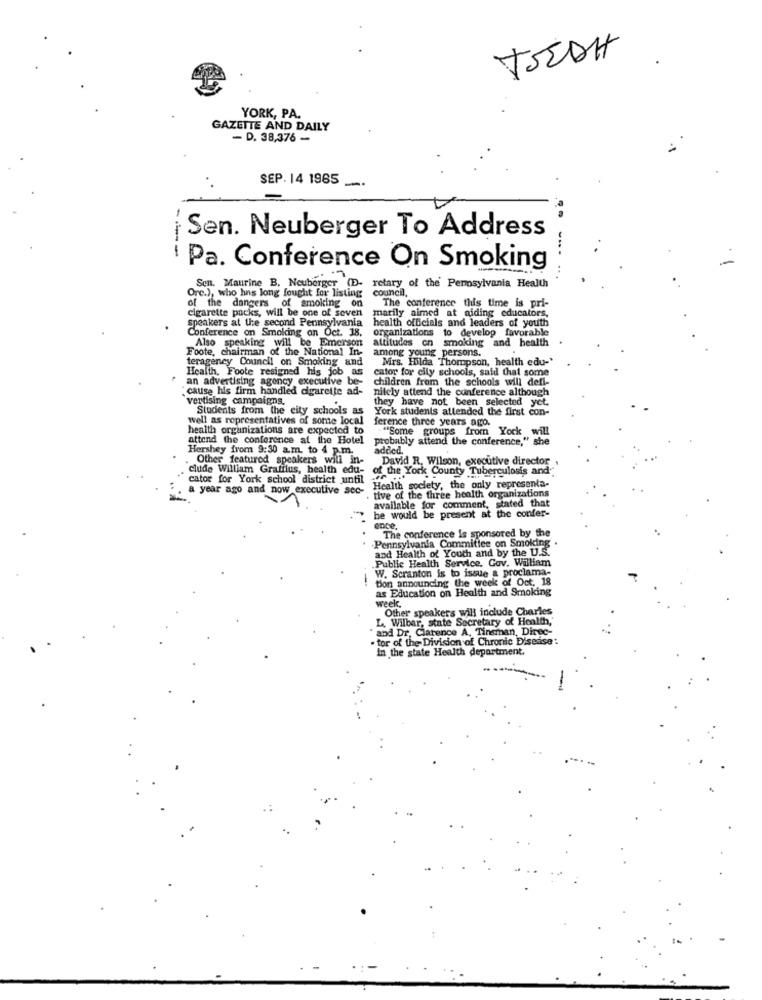
TOEDH
YORK, PA.
GAZETTE AND DAILY
- D. 38,376 -
SEP. 14 1965
-
.
Sen. Neuberger To Address
---
Pa. Conference On Smoking
Orc.), who has long fought for listing
Sen. Maurine B. Neuberger (D. retary of the Pennsylvania Health
council.
The conference this time is pri-
cigarette packs, will be one of seven marily aimed at aiding educators,
of the dangers of smoking on
speakers at the second Pennsylvania
Conference on Smoking on Oct. 18.
health officials and leaders of youth
organizations to develop favorable
Also speaking will be Emerson
Foote, chairman of the National In-
among young persons.
attitudes on smoking and health
teragency Council on Smoking and
Mirs. Hilda Thompson, health edu-
Health, Foote resigned his job as
cator for cily schools, said that some
an advertising agency executive be-
children from the schools will defi-
cause his firm handled cigarette ad-
nilely attend the conference although
vertising campaigns.
they have not been selected yct.
Students from the city schools as
York students attended the first con-
well as representatives of some local
ference three years ago.
health organizations are expected to
"Some groups from Yock will
attend the conference at the Hotel
probably attend the conference," sh
Hershey from 9:30 a.m. to 4 p.m.
added.
Other featured speakers will in-
David R. Wilson, executive director
clude William Grafilus, health edu-
of the York County Tuberculosis and"
cator for York school district until
a year ago and now executive sec-
Health society, the only representa-
tive of the three health organizations
available for comment, stated that
he would be present at the confer-
ence,
Pennsylvania Committee on Smoking
The conference is sponsored by the
and Health of Youth and by the U.S.
Public Health Service. Gov. William
W. Scranton is to issue & proclama-
tion announcing the week of Oct, 18
as Education on Health and Smoking
week.
Other speakers will include Charles
L. Wilbar, state Secretary of Health,
and Dr, Clarence A. Tinsman, Direc-
· tor of the Division of Chronic Disease
In the state Health department.